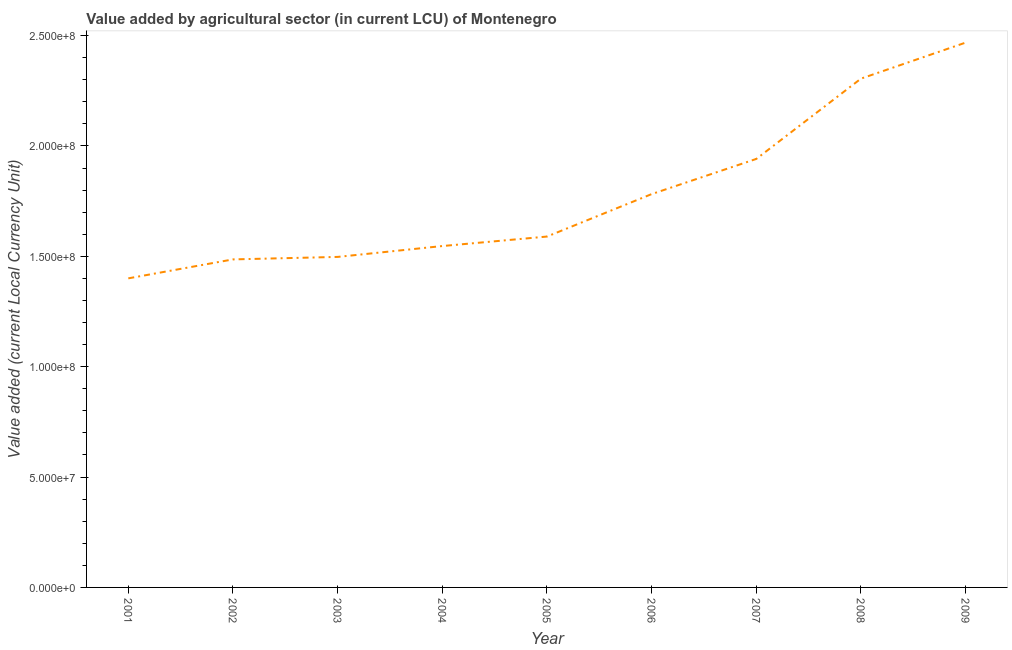
| Year | Agriculture |
 | --- | --- |
 | 2001 | 1.4e+08 |
 | 2002 | 1.49e+08 |
 | 2003 | 1.5e+08 |
 | 2004 | 1.55e+08 |
 | 2005 | 1.59e+08 |
 | 2006 | 1.78e+08 |
 | 2007 | 1.94e+08 |
 | 2008 | 2.3e+08 |
 | 2009 | 2.47e+08 |